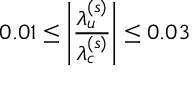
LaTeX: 0 . 0 1 \leq \left| \frac { \lambda _ { u } ^ { ( s ) } } { \lambda _ { c } ^ { ( s ) } } \right| \leq 0 . 0 3